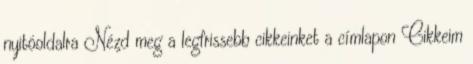
nyitóoldalra Nézd meg a legfrissebb cikkeinket a címlapon Cikkeim